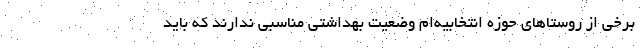
برخی از روستاهای حوزه انتخابیه‌ام وضعیت بهداشتی مناسبی ندارند که باید